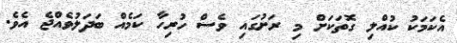
އެކަމަކު ކުއްލި ގޮތަކަށް މި ރަށުގައި ވެސް ހުރިހާ ކަމެއް ބަދަލުވެއްޖެ އެވެ.